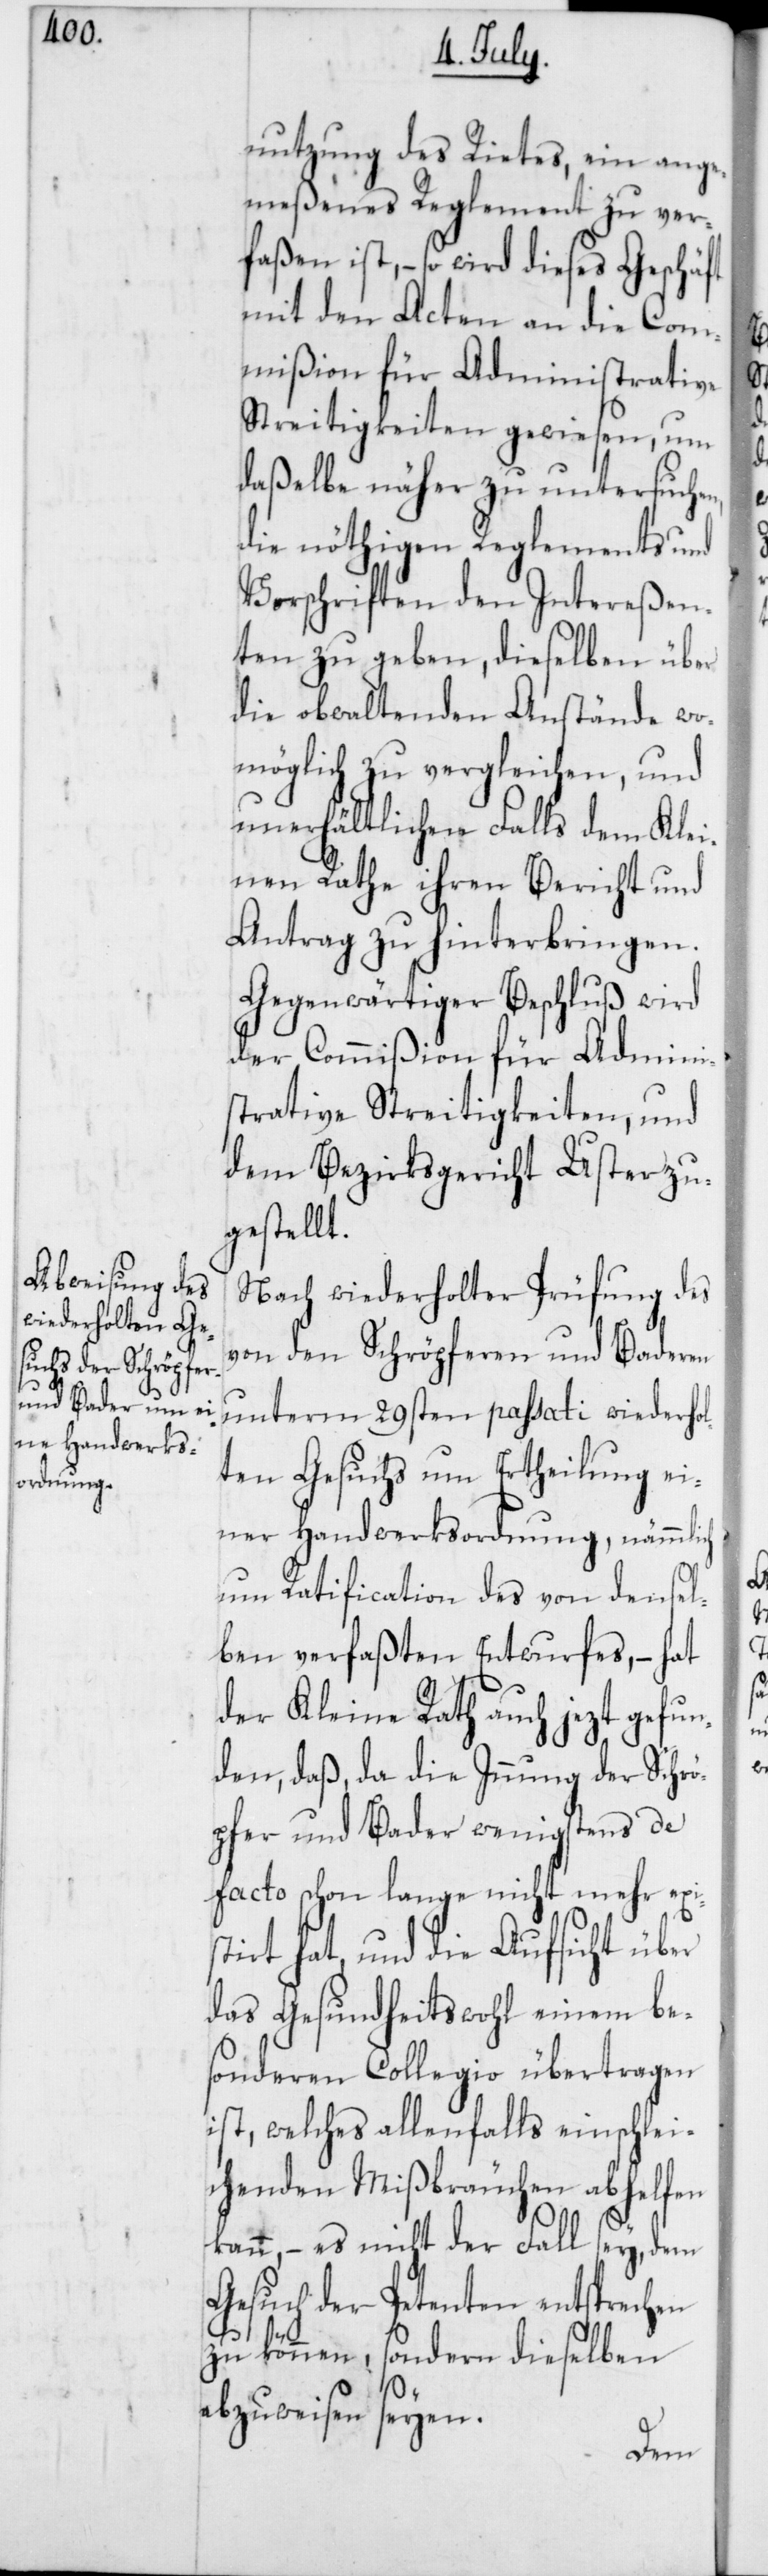
nutzung des Rietes, ein ange¬
meßenes Reglement zu ver¬
faßen ist, – so wird dieses Geschäft
mit den Acten an die Com¬
mißion für Administrative
Streitigkeiten gewiesen, um
daßelbe näher zu untersuchen,
die nöthigen Reglements und
Vorschriften den Intereßen¬
ten zu geben, dieselben über
die obwaltenden Anstände wo¬
möglich zu vergleichen, und
unerhältlichen Falls dem Klei¬
nen Rathe ihren Bericht und
Antrag zu hinterbringen.
Gegenwärtiger Beschluß wird
der Commißion für Admini¬
strative Streitigkeiten, und
dem Bezirksgericht Uster zu¬
gestellt.
Nach wiederholter Prüfung des
von den Schröpferen und Baderen
unterm 29sten passati wiederhol¬
ten Gesuchs um Ertheilung ei¬
ner Handwerksordnung, nämmlich
um Ratification des von densel¬
ben verfaßten Entwurfes, – hat
der Kleine Rath auch jezt gefun¬
den, daß, da die Innung der Schrö¬
pfer und Bader wenigstens de
facto schon lange nicht mehr exis¬
tirt hat, und die Aufsicht über
das Gesundheitswohl einem be¬
sonderen Collegio übertragen
ist, welches allenfalls einschlei¬
chenden Mißbräuchen abhelfen
kann, – es nicht der Fall sey, dem
Gesuch der Petenten entsprech¬
zu können, sondern dieselben
abzuweisen seyen.
en